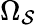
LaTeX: \Omega_{\mathcal{S}}